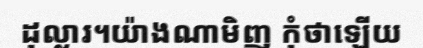
ដុល្លារ។យ៉ាងណាមិញ កុំថាឡើយ